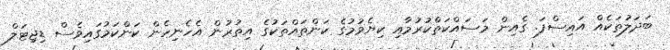
ބަދަލުތަކެއް އައިސްފަ. ގެއިން މަސައްކަތްކުރުމާއި ކިޔެވުމުގެ ކަންތައްތަކުގެ އިތުރުން އެހެނިހެން ކަންކަމުގައިވެސް ޑިޖިޓަލް